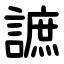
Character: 謶